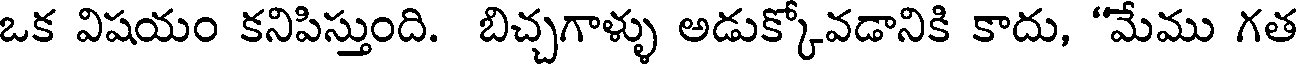
ఒక విషయం కనిపిస్తుంది. బిచ్చగాళ్ళు అడుక్కోవడానికి కాదు, "మేము గత